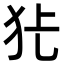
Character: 𭷺